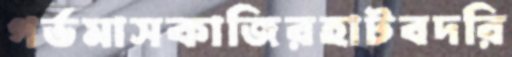
গর্ভমাসকাজিরহাটবদরি